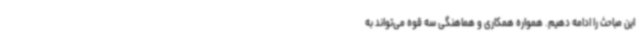
این مباحث را ادامه دهیم. همواره همکاری و هماهنگی سه قوه می‌تواند به